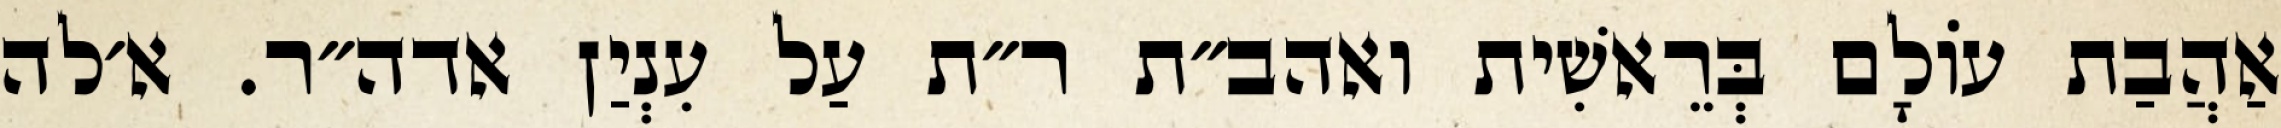
אַהֲבַת עוֹלָם בְּרֵאשִׁית ואהב״ת ר״ת עַל עִנְיַן אדה״ר. א׳לה